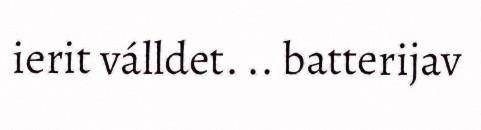
ierit válldet. .. batterijav